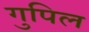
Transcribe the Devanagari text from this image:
गुपिल